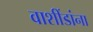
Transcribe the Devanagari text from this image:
वाशींडांना